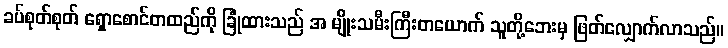
ခပ်စုတ်စုတ် ရှောစောင်တထည်ကို ခြုံထားသည် အ မျိုးသမီးကြီးတယောက် သူတို့ဘေးမှ ဖြတ်လျှောက်လာသည်။